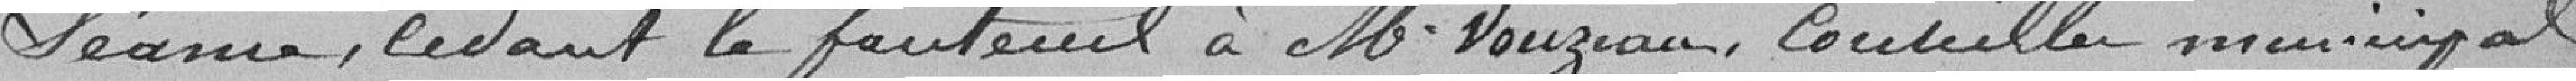
séance, cédant le fauteuil à M. Vouzeau, conseiller municipal